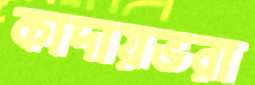
কাদায়ভরা